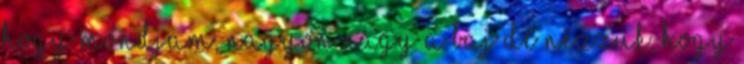
hogy mondjam, nagyon nagy a baj De nézzük, hogy